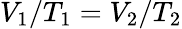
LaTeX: V_{1}/T_{1}=V_{2}/T_{2}